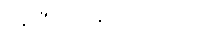
အဇာနံ၊ မသိပဲလျက်။